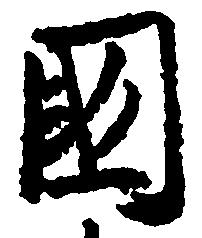
国